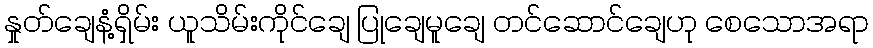
နှုတ်ချေနံ့ရှိမ်း ယူသိမ်းကိုင်ချေ ပြုချေမူချေ တင်ဆောင်ချေဟု စေသောအရာ